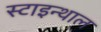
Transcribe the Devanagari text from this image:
स्टाइन्थाल